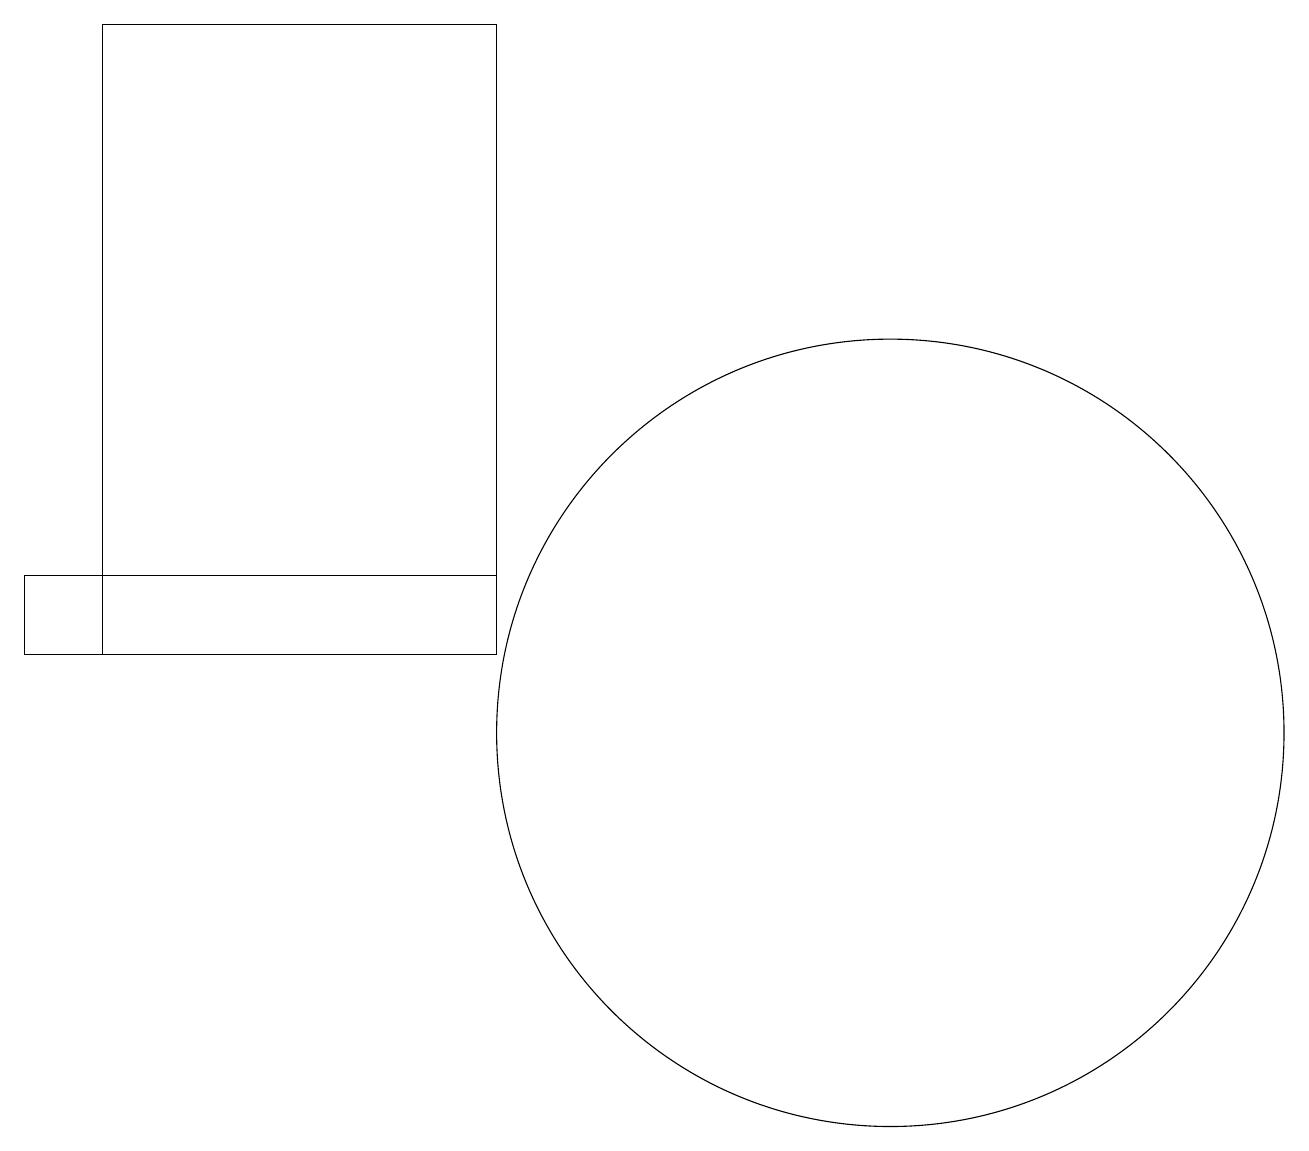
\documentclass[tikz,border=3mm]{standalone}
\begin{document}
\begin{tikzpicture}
\draw (2,19) rectangle (7,11);
\draw (12,12) circle (0);
\draw (12,10) circle (5);
\draw (7,12) rectangle (1,11);
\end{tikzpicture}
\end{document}